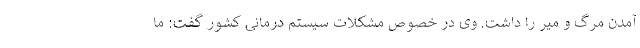
آمدن مرگ و میر را داشت. وی در خصوص مشکلات سیستم درمانی کشور گفت: ما